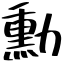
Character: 勳